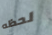
لحظه